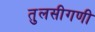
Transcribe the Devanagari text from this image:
तुलसीगणी